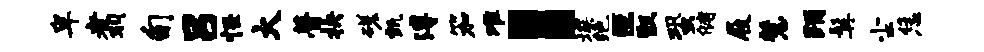
卑翥旬吕怪大瞢抉磋甄溥笳难：埃绝叵甑蛩储屐慧踊髯尘恁